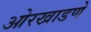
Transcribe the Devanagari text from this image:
ओरखाडणे